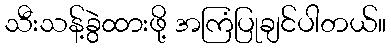
သီးသန့်ခွဲထားဖို့ အကြံပြုချင်ပါတယ်။